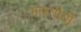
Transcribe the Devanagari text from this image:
भारतीयी